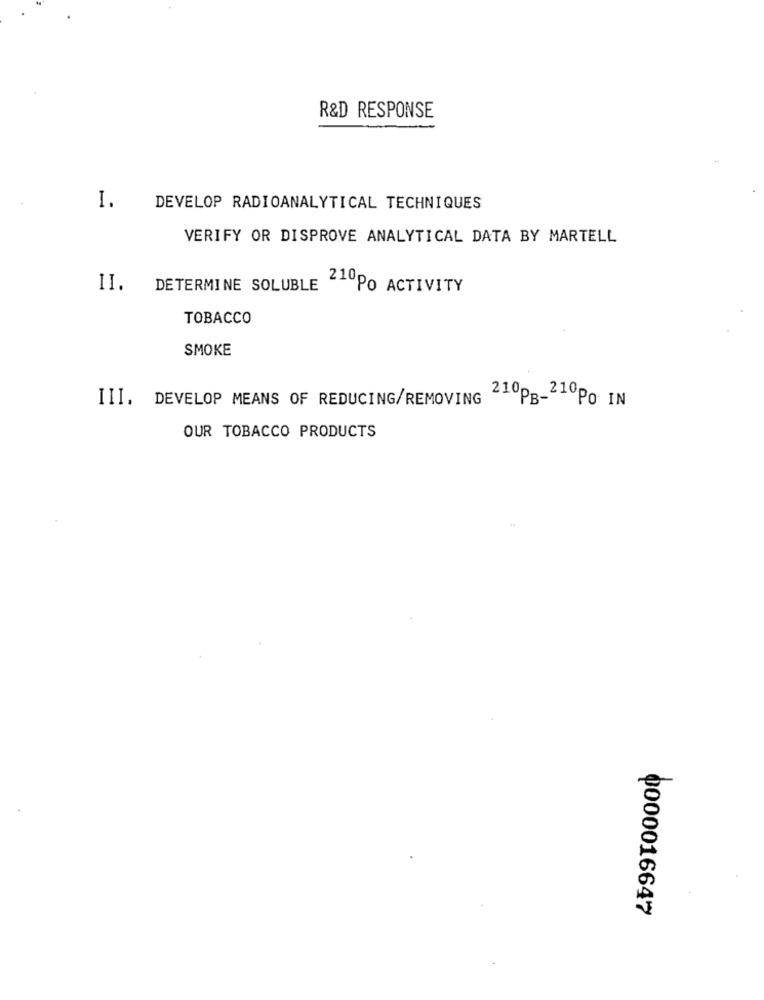
R&D RESPONSE
I.
DEVELOP RADIOANALYTICAL TECHNIQUES
VERIFY OR DISPROVE ANALYTICAL DATA BY MARTELL
II.
DETERMINE SOLUBLE
210PO ACTIVITY
TOBACCO
SMOKE
III. DEVELOP MEANS OF REDUCING/REMOVING
210pp_210po IN
OUR TOBACCO PRODUCTS
0000016647